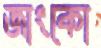
জাংকো